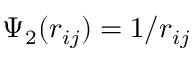
\Psi _ { 2 } ( r _ { i j } ) = 1 / r _ { i j }